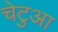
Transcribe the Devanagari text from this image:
चेटुआ